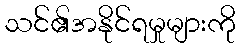
သင်၏အနိုင်ရမှုများကို